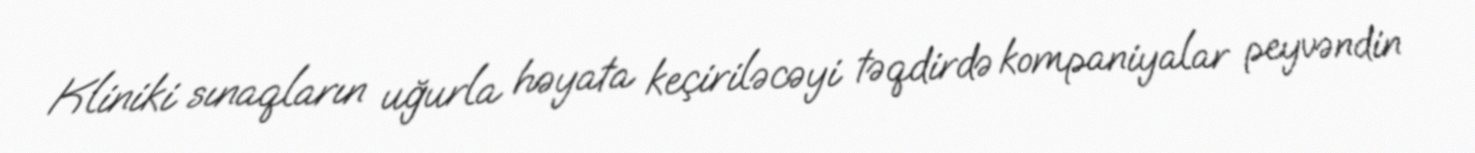
Kliniki sınaqların uğurla həyata keçiriləcəyi təqdirdə kompaniyalar peyvəndin